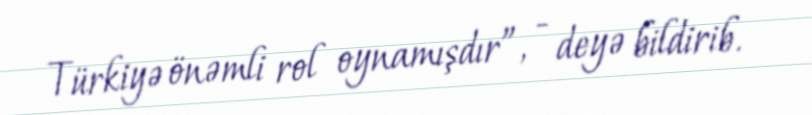
Türkiyə önəmli rol oynamışdır”, - deyə bildirib.